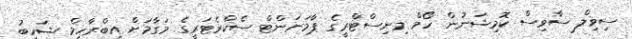
ސިވިލް ސާވިސް ކޮމިޝަނުން ހޯމް މިނިސްޓްރީގެ ޕާމަނަންޓް ސެކްރެޓަރީގެ މަގާމަށް އިބްރާހިމް ޝަހީބު